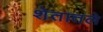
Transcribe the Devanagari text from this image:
शेतातले